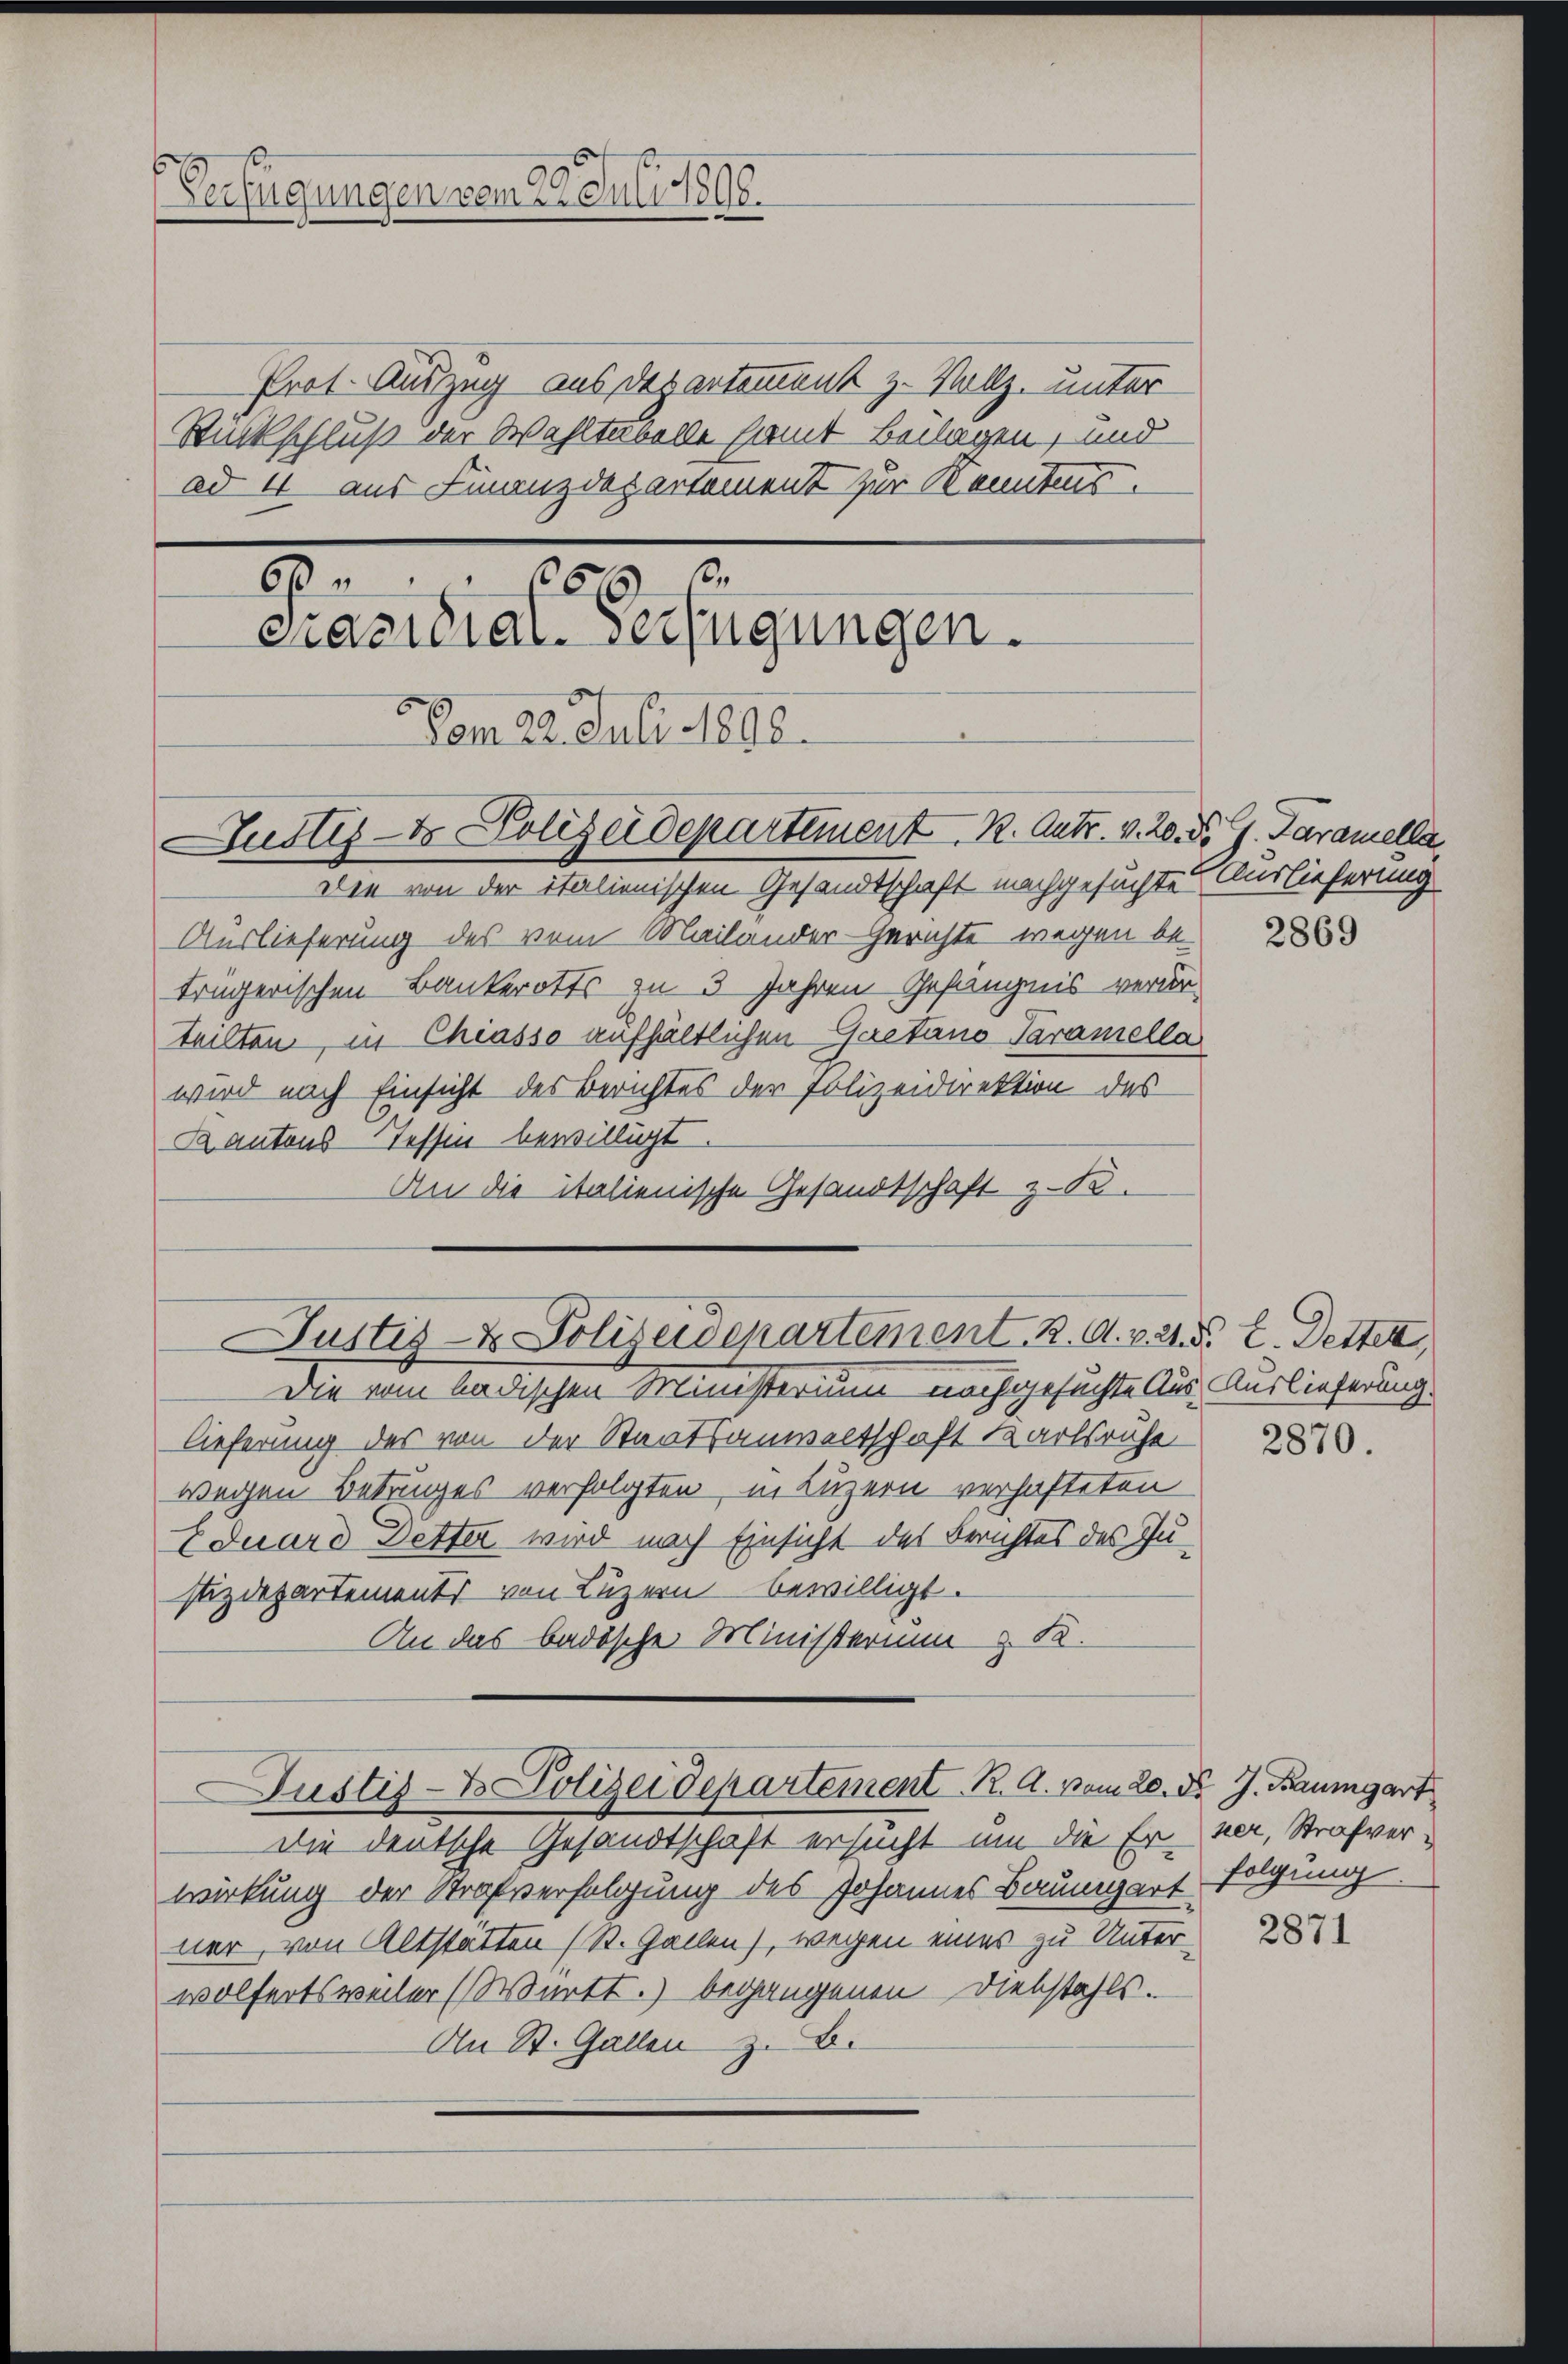
Verfügungen vom 29. Juli 1890.

Prot. Auszug aus Departement z. Vollz. unter
Rückschluß der Wahltabelle samt Beilagen, und
ad 4 aus Finanzdepartement zur Kenntnis.

1
get
Dem 22. Juli 1898.
Justiz- & Polizeidepartement. R. Antr. v. 20. d. J. Paramella

Die von der italienischen Gesandtschaft nachgesuchte Auslieferung
Auslieferung des vom Mailander Gerichte wegen be-
trägerischen Bankerotts zu 3 Jahren Gefängnis verur-
teilten, in Chiasso aufhältlichen Gaetano Paramella
wird nach Einsicht des Berichtes der Polizeidirektion des
Kantons Tessen bewilligt.
An die italienische Gesandtschaft z. B.

66
cracidial-Verfügungen.

Die vom badischen Ministerium nachgesuchte Aus Auslieferung.
lieferung des von der Staatsanwaltschaft Karlsruhe
wegen Betruges verfolgten, in Luzern verhafteten
Eduard Detter wird nach Einsicht des Berichtes des Justizdepartements von Luzern bewilligt.
An das badische Ministerium & K.
Justiz- & Polizeidepartement. R. A. vom 20. d. J. Baumgart
Die deutsche Gesandtschaft ersucht um die Er-
wirkung der Strafverfolgung des Johannes Baumgart folgung
ner, von Altstätten (St. Gallen), wegen eines zu Unterwolfertsweiler (Württ.) begangenen Diebstahls.
An St. Gallen z. B.

Justiz- & Polizeidepartement K. A. v. 24. d. E. Detter

2869

2870.

ner, Strafver¬

2871